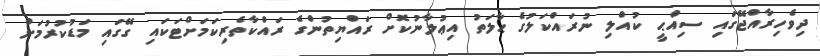
ދިވެހިރާއްޖޭގައި ސިއްޙީ ކުއްލި ނުރައްކަލުގެ ޙާލަތު އިޢުލާނުކޮށް ރައްޔިތުންގެ ރައްކާތެރިކަމަށްޓަކައި ގޭގައި މަޑުކުރުމަށް